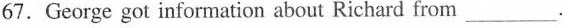
67.George got information about Richard from ___.